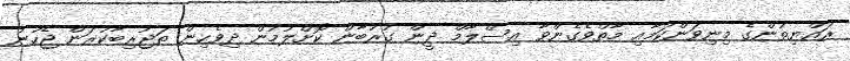
ރައްޔިތުންގެ މިނިވަންކަމާއި މާތްވެގެންވާ އިސްލާމް ދީން ގުރުބާން ކޮށްލުމުން ދިވެހިން ތަޖުރިބާކުރަން ޖެހުނު